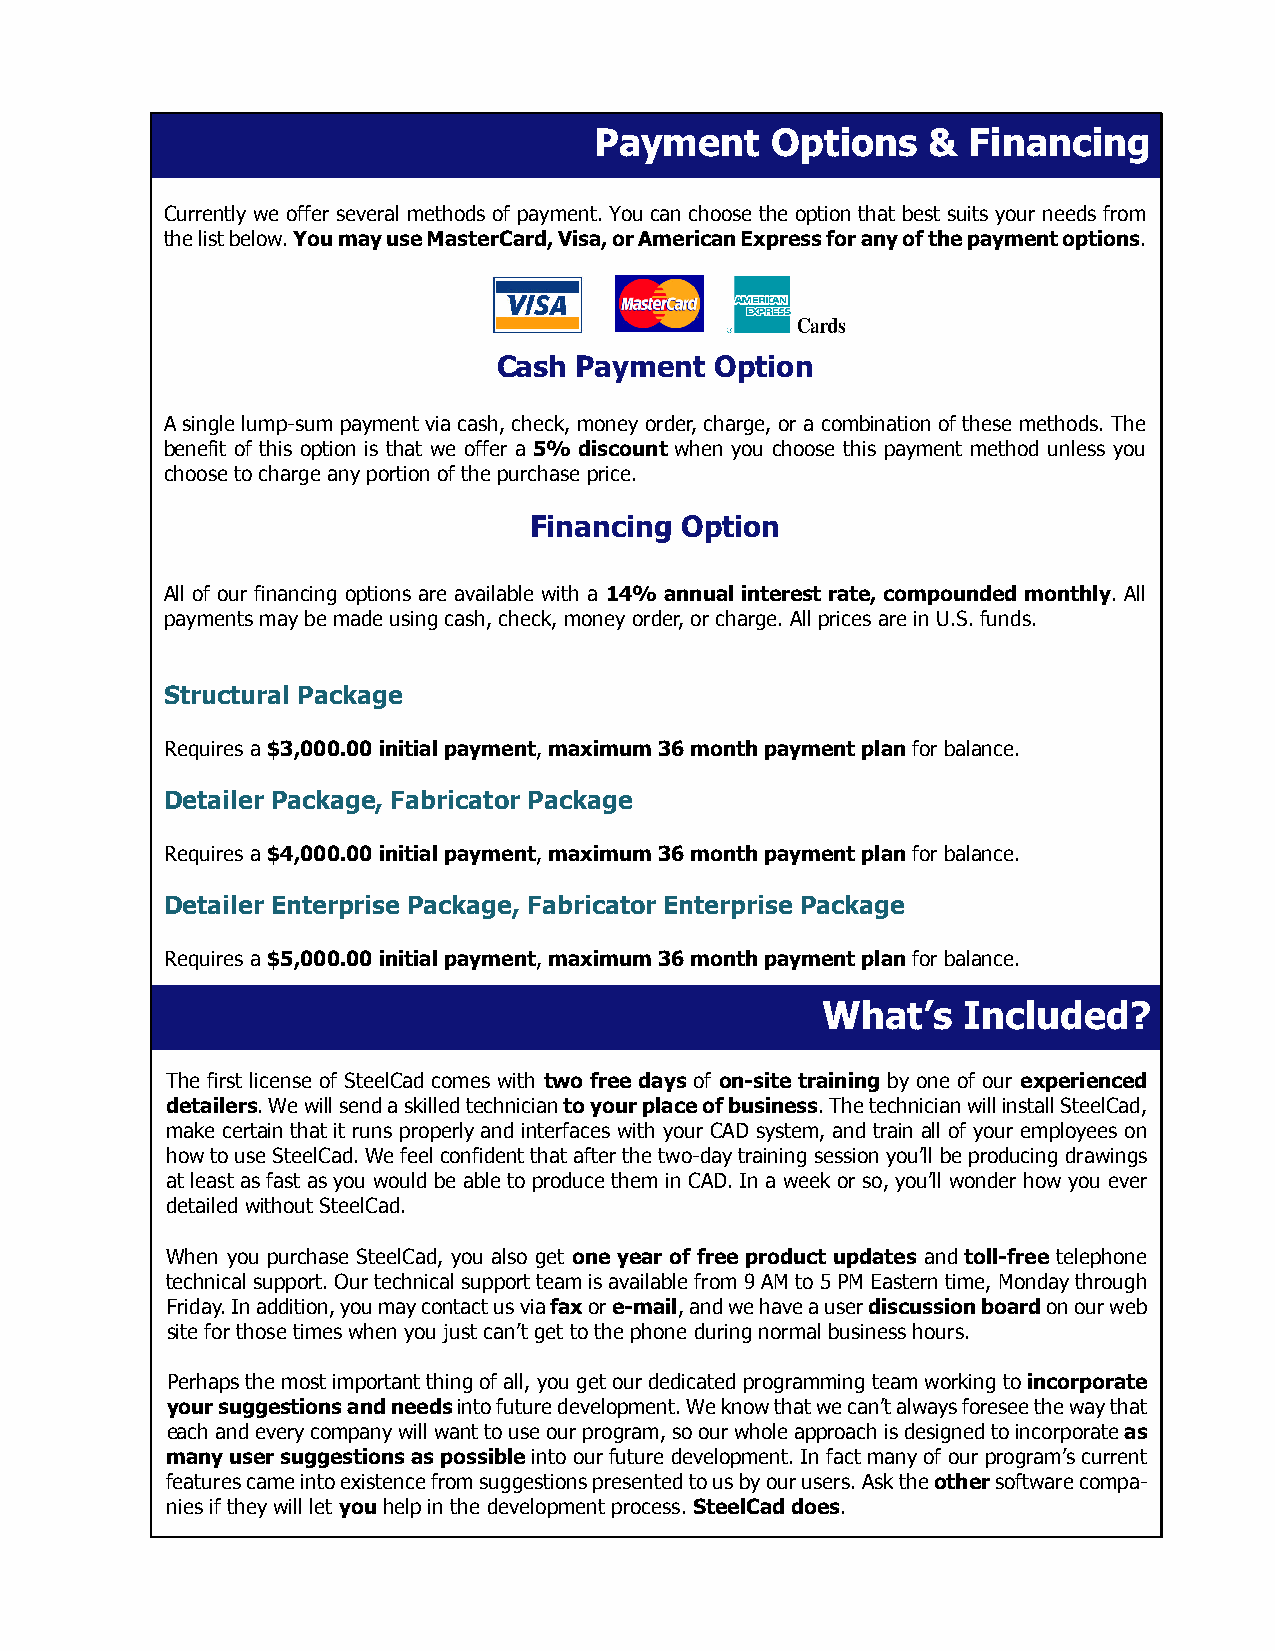
Payment     Options   &  Financing
 Currently we offer several methods of payment. You can choose the option that best suits your needs from
 the list below. You may use MasterCard, Visa, or American Express for any of the payment options.
 Cash Payment  Option
 A single lump-sum payment via cash, check, money order, charge, or a combination of these methods. The
 benefit of this option is that we offer a 5% discount when you choose this payment method unless you
 choose to charge any portion of the purchase price.
 Financing Option
 All of our financing options are available with a 14% annual interest rate, compounded monthly. All
 payments may be made using cash, check, money order, or charge. All prices are in U.S. funds.
 Structural Package
 Requires a $3,000.00 initial payment, maximum 36 month payment plan for balance.
 Detailer Package, Fabricator Package
 Requires a $4,000.00 initial payment, maximum 36 month payment plan for balance.
 Detailer Enterprise Package, Fabricator Enterprise Package
 Requires a $5,000.00 initial payment, maximum 36 month payment plan for balance.
 What’s    Included?
 The first license of SteelCad comes with two free days of on-site training by one of our experienced
 detailers. We will send a skilled technician to your place of business. The technician will install SteelCad,
 make certain that it runs properly and interfaces with your CAD system, and train all of your employees on
 how to use SteelCad. We feel confident that after the two-day training session you’ll be producing drawings
 at least as fast as you would be able to produce them in CAD. In a week or so, you’ll wonder how you ever
 detailed without SteelCad.
 When you purchase SteelCad, you also get one year of free product updates and toll-free telephone
 technical support. Our technical support team is available from 9 AM to 5 PM Eastern time, Monday through
 Friday. In addition, you may contact us via fax or e-mail, and we have a user discussion board on our web
 site for those times when you just can’t get to the phone during normal business hours.
 Perhaps the most important thing of all, you get our dedicated programming team working to incorporate
 your suggestions and needs into future development. We know that we can’t always foresee the way that
 each and every company will want to use our program, so our whole approach is designed to incorporate as
 many user suggestions as possible into our future development. In fact many of our program’s current
 features came into existence from suggestions presented to us by our users. Ask the other software compa-
 nies if they will let you help in the development process. SteelCad does.